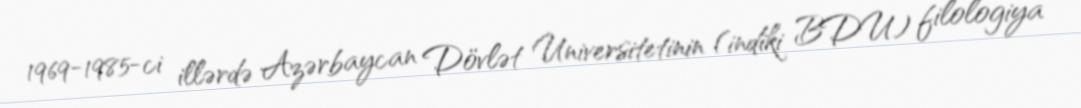
1969-1985-ci illərdə Azərbaycan Dövlət Universitetinin (indiki BDU) filologiya